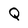
Character: Q